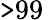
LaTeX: {\tt>}99\